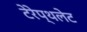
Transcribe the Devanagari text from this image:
टेरेप्थलेट